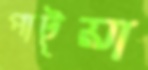
পাটুয়া